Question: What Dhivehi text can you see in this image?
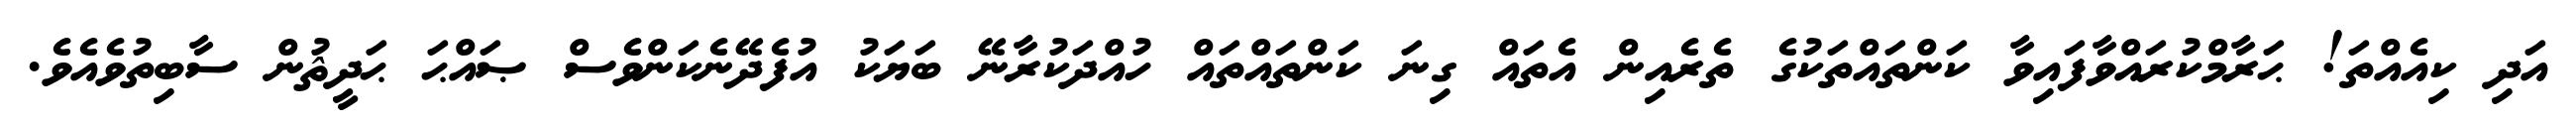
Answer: އަދި ކިއެއްތަ! ޙަރާމްކުރައްވާފައިވާ ކަންތައްތަކުގެ ތެރެއިން އެތައް ގިނަ ކަންތައްތައް ހުއްދަކުރާނޭ ބަޔަކު އުފެދޭނެކަންވެސް ޞައްޙަ ޙަދީޘުން ސާބިތުވެއެވެ.